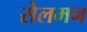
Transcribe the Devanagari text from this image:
सेलमन